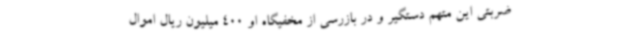
ضربتی این متهم دستگیر و در بازرسی از مخفیگاه او 400 میلیون ریال اموال